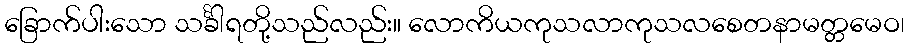
ခြောက်ပါးသော သင်္ခါရတို့သည်လည်း။ လောကိယကုသလာကုသလစေတနာမတ္တမေဝ၊